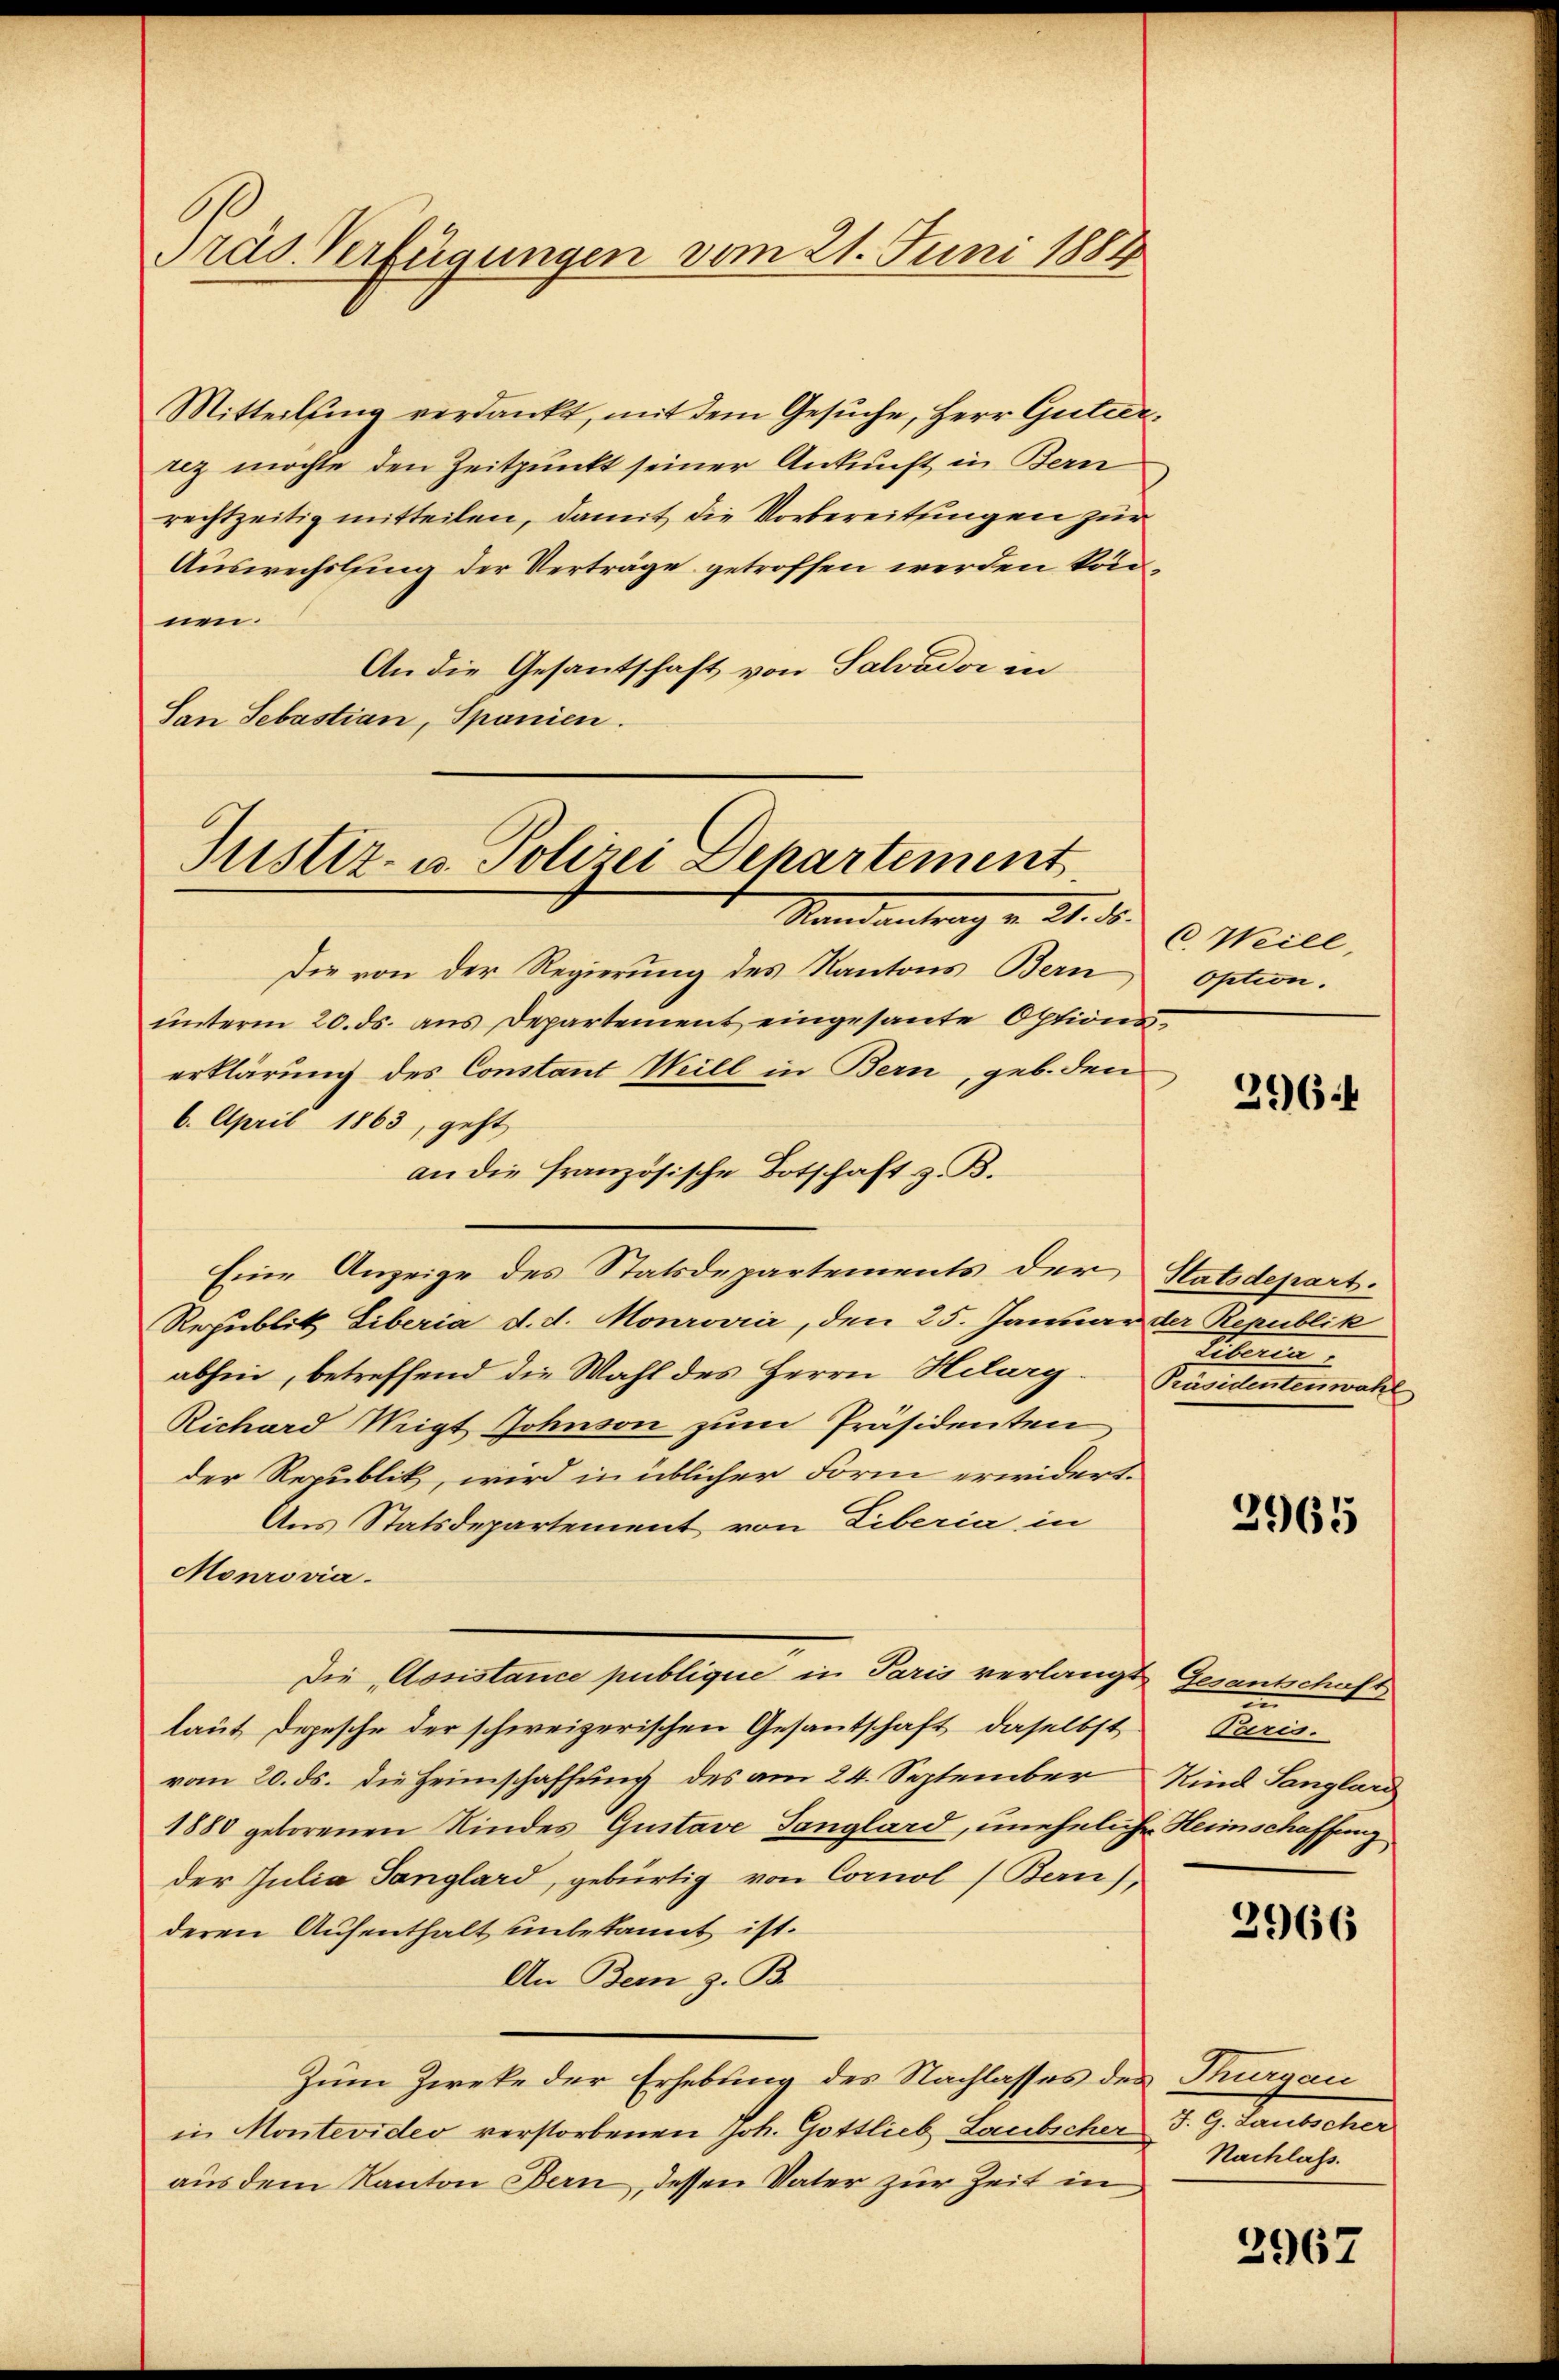
Präs. Verfügungen vom 21. Juni 1884

Mitteilung verdankt, mit dem Gesuche, Herr Gutierrez möchte den Zeitpunkt seiner Ankunft in Bern
rechtzeitig mitteilen, damit die Vorbereitungen zur
Auswechslung der Verträge getroffen werden können.
An die Gesantschaft von Salvador in
San Sebastian, Spanien.

Justiz- u. Polizei Departement
Mandantrag v. 21. d.

Die von der Regierung des Kantons Bern
ŭnterm 20. ds. ans Departement eingesante Options
erklärung des Constant Will in Bern, geb. den
6. April 1863, geht,
an die französische Botschaft z. B.
Eine Anzeige des Statsdepartements der Statsdepart.
Republik Liberia d. d. Monrović, den 25. Januar der Republik
abhin, betreffend die Wahl des Herrn Helarg. Präsidentenwahl
Richard Weigt Johnson zum Präsidenten
der Republik, wird in üblicher Form erwidert.
Aus Statsdepartement von Liberia in
Monrovia
Die Assistance publique in Paris verlangt Gesantschaft
laut Depesche der schweizerischen Gesantschaft, daselbst
vom 20. ds. die Heimschaffung des am 24. September Kind Sanglard
1880 geborenen Kindes Gustave Tanglard, uneheliche Heimschaffung
der Julia Sanglard, gebürtig von Corol (Bern),
deren Aufenthalt unbekannt ist.
An Bern z. B.
Zum Zweke der Erhebung des Nachlasses des Turgau
in Montevideo verstorbenen Joh. Gottlieb Laubscher J. G. Laubscher
aus dem Kanton Bern, dessen Vater zur Zeit in

C. Weill,
Option.

396.

fitiren.

2965

Paris.

3966

Nachlass.

2967